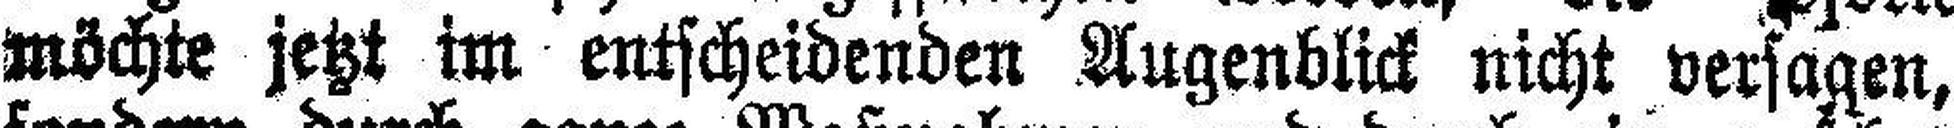
möchte jetzt im entscheidenden Augenblick nicht versagen,